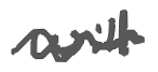
Text: will
Cross-out: wave
Writing tool: digital_gray